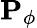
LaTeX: \mathbf{P}_{\phi}